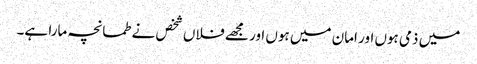
میں ذمی ہوں اور امان میں ہوں اور مجھے فلاں شخص نے طمانچہ مارا ہے۔